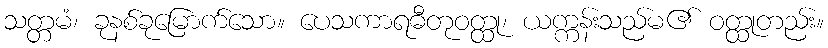
သတ္တမံ၊ ခုနစ်ခုမြောက်သော။ ပေသကာရဓီတုဝတ္ထု၊ ယက္ကန်းသည်မ၏ ဝတ္ထုတည်း။